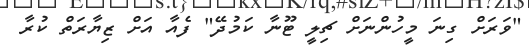
"ވަރަަށް ގިނަ މީހުންނަށް ޗިލީ ޓޫނާ ކަމުދޭ" ފެއާ އަށް ޒިޔާރަތް ކުރާ